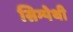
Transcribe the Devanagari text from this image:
सिम्पेथी